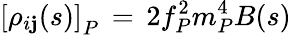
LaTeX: \left[\rho_{i\mathbf{j}}(s)\right]_{P}\, =\, 2f_{P}^{2}m_{P}^{4}B(s)